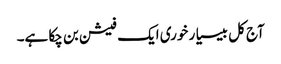
آج کل بیسیا ر خوری ایک فیشن بن چکا ہے۔